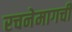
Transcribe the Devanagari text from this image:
रचनेमागची